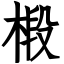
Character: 椴